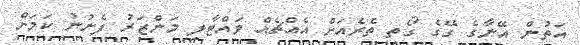
އަތުން އޭނާގެ ގޭގެ ގޯތި ތެރެއަށް އެއްޗެއް ވައްޓާލި މަންޒަރު ފެނުނު ކަމަށް